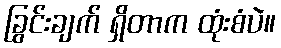
ခြွင်းချက် ရှိတာက ထုံးစံပဲ။